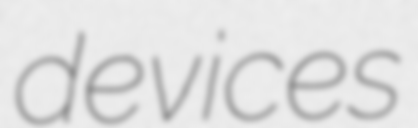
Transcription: devices